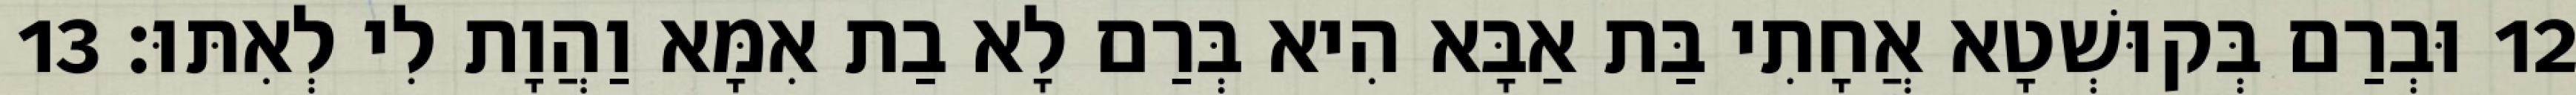
12 וּבְרַם בְּקוּשְׁטָא אֲחָתִי בַּת אַבָּא הִיא בְּרַם לָא בַת אִמָּא וַהֲוָת לִי לְאִתּוּ׃ 13